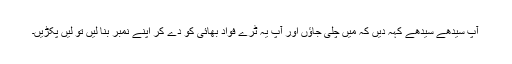
آپ سیدھے سیدھے کہہ دیں کہ میں چلی جاؤں اور آپ یہ ٹرے فواد بھائی کو دے کر اپنے نمبر بنا لیں تو لیں پکڑیں۔